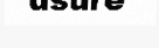
usure